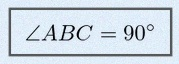
\angle ABC=90^\circ